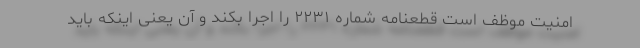
امنیت موظف است قطعنامه شماره ۲۲۳۱ را اجرا بکند و آن یعنی اینکه باید